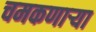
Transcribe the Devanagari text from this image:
चमकणार्‍या